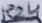
Text: R24